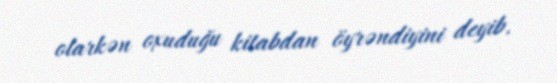
olarkən oxuduğu kitabdan öyrəndiyini deyib.